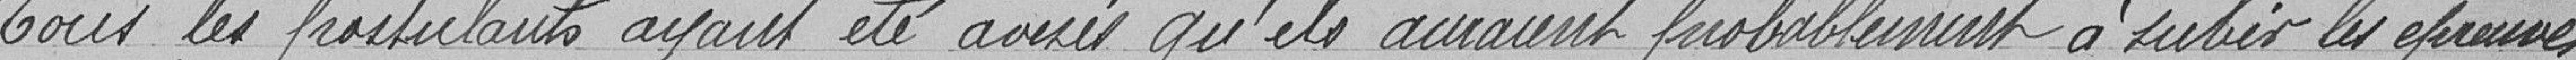
Tous les postulants ayant été assurés qu'ils auraient probablement à subir les épreuves